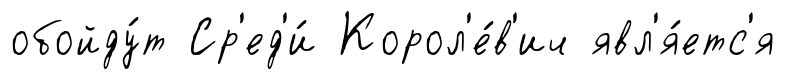
обойду́т Ср'ед'и́ Корол'е́в'ич явл'я́етс'я